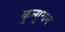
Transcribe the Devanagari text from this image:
कुन्गुमन